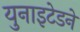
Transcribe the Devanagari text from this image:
युनाइटेडने